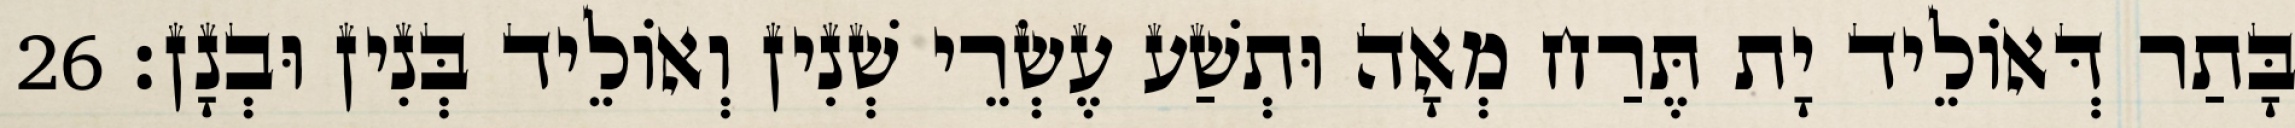
בָּתַר דְּאוֹלֵיד יָת תֶּרַח מְאָה וּתְשַׁע עֶשְׂרֵי שְׁנִין וְאוֹלֵיד בְּנִין וּבְנָן׃ 26